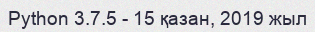
Python 3.7.5 - 15 қазан, 2019 жыл